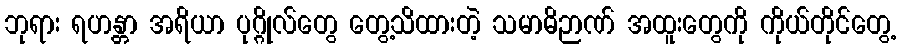
ဘုရား ရဟန္တာ အရိယာ ပုဂ္ဂိုလ်တွေ တွေ့သိထားတဲ့ သမာဓိဉာဏ် အထူးတွေကို ကိုယ်တိုင်တွေ့